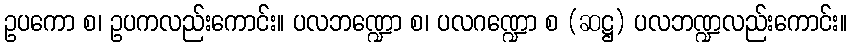
ဥပကော စ၊ ဥပကလည်းကောင်း။ ပလဘဏ္ဍော စ၊ ပလဂဏ္ဍော စ (ဆဋ္ဌ) ပလဘဏ္ဍလည်းကောင်း။